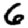
Digit: 6